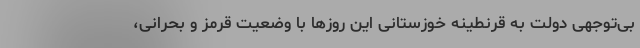
بی‌توجهی دولت به قرنطینه خوزستانی‌ این روزها با وضعیت قرمز و بحرانی،